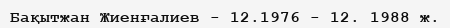
Бақытжан Жиенғалиев - 12.1976 - 12. 1988 ж.